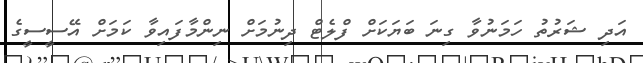
އަދި ޝަރުތު ހަމަނުވާ ގިނަ ބަޔަކަށް ފްލެޓް ދިނުމަށް ނިންމާފައިވާ ކަމަށް އޭސީސީގެ